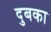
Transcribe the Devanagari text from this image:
दुबका